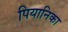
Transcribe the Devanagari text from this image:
पियानिका